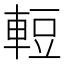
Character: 𮝒